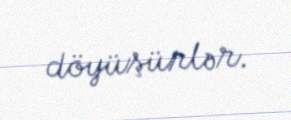
döyüşürlər.